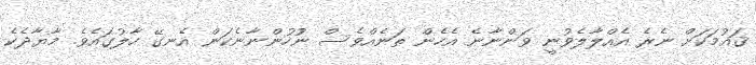
ޤައުމަކަށް ނެރެ އެއްލާލެވުނީ ވަންނާނެ އެހެން ތަނެއްވެސް ނުުހުންނާނެކަން އެނގޭ ހާލުގައެވެ. މާޔާދެކެ